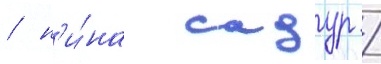
/ н'и́на садур /